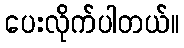
ပေးလိုက်ပါတယ်။